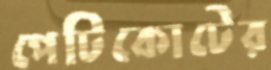
পেটিকোটের